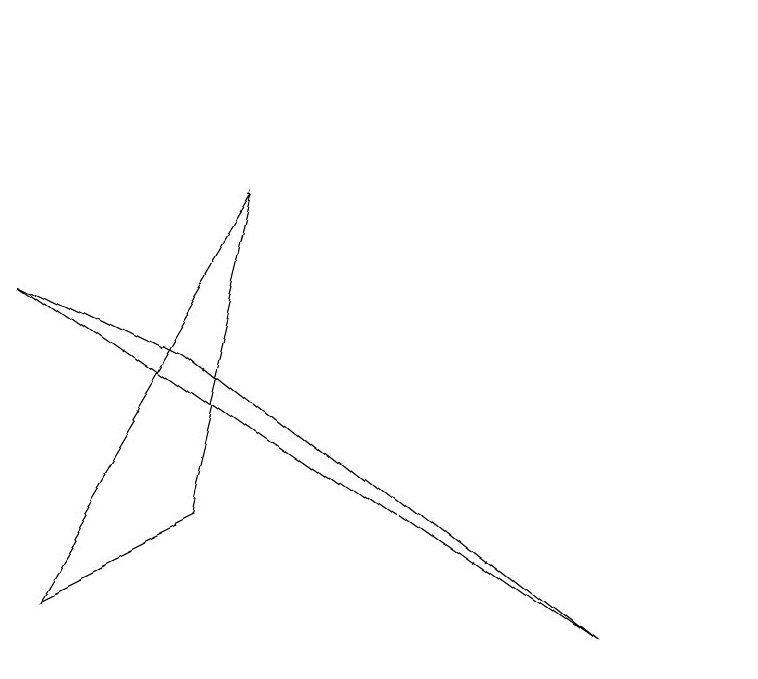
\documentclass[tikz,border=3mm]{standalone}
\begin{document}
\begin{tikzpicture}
\draw (9,3) -- (4,7) -- (2,8) -- cycle;
\draw (11,11) circle (0);
\draw (5,9) -- (4,5) -- (2,4) -- cycle;
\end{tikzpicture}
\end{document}